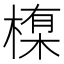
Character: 𪳊